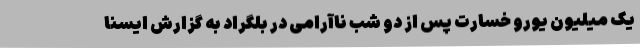
یک میلیون یورو خسارت پس از دو شب ناآرامی در بلگراد به گزارش ایسنا